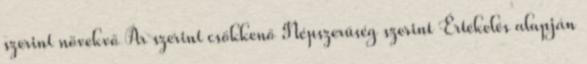
szerint növekvő Ár szerint csökkenő Népszerűség szerint Értékelés alapján